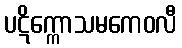
ပဋိက္ကောသမကေဝလီ